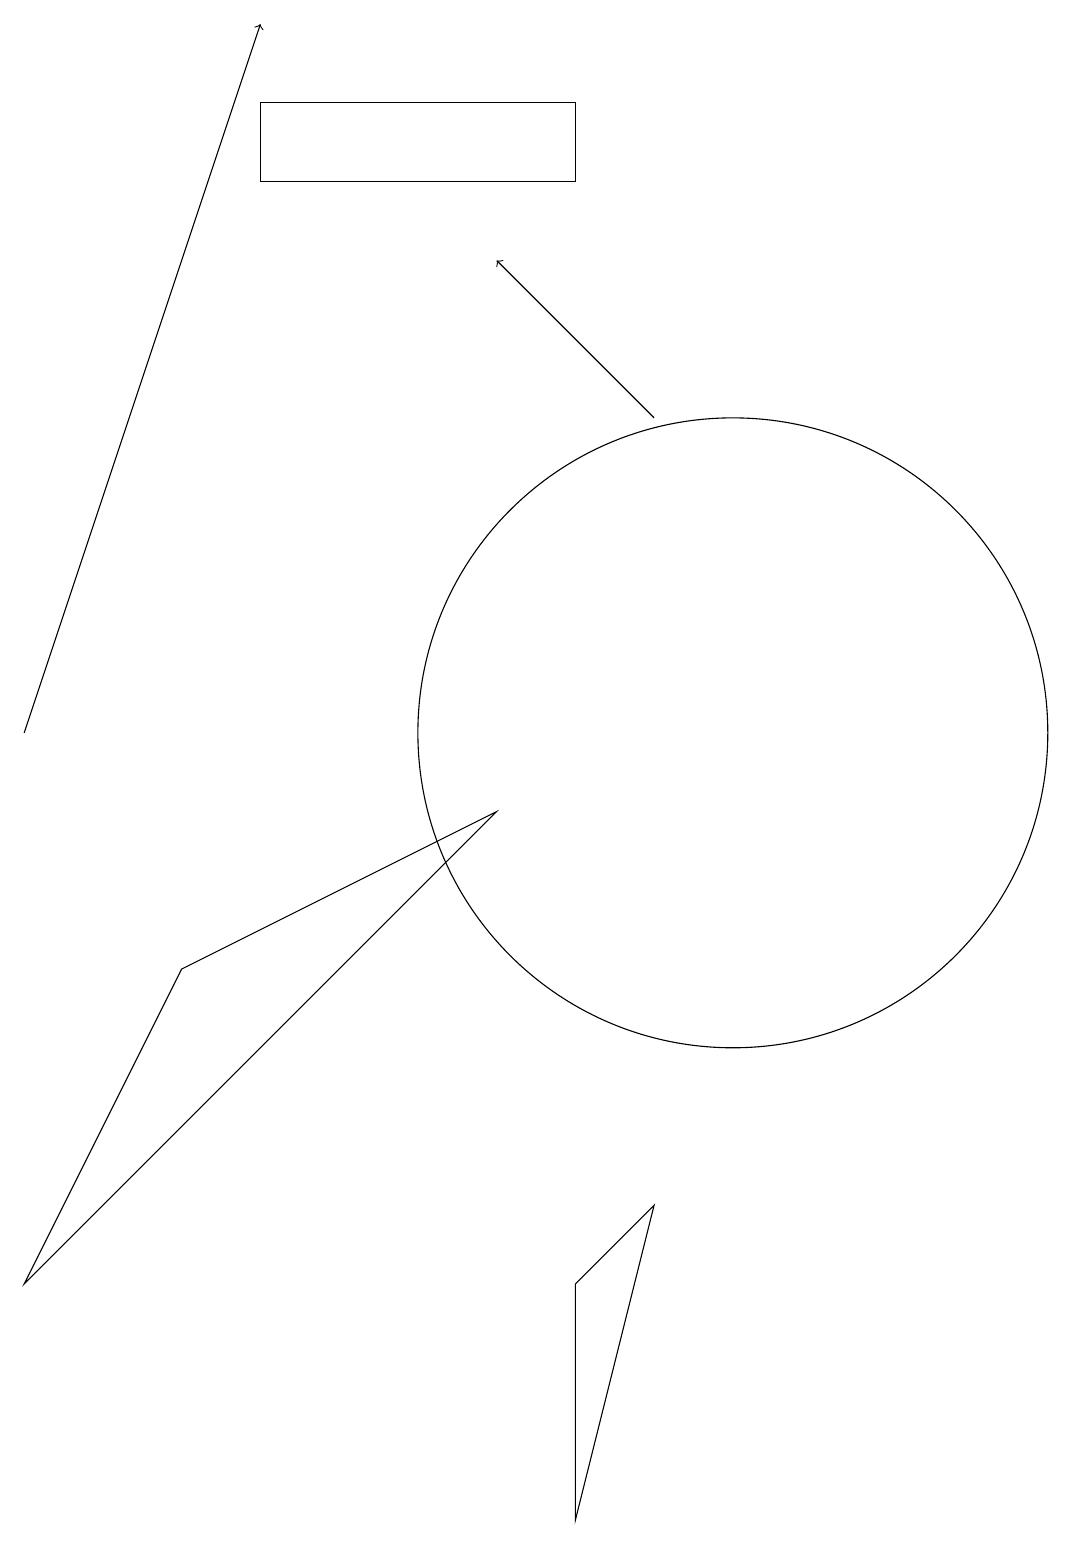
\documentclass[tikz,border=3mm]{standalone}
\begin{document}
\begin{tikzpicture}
\draw (10,10) circle (4);
\draw[->] (1,10) -- (4,19);
\draw (8,18) rectangle (4,17);
\draw[->] (9,14) -- (7,16);
\draw (1,3) -- (3,7) -- (7,9) -- cycle;
\draw (8,0) -- (9,4) -- (8,3) -- cycle;
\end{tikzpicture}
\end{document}